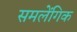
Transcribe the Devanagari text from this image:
समलेंगिक